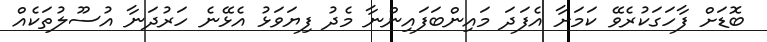
ބޮޑަށް ފާހަގަކުރެވޭ ކަމަށާ އެފަދަ މައިންބަފައިންނާ މެދު ފިޔަވަޅު އެޅޭނެ ހަރުދަނާ އުސޫލުތަކެއް